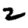
Digit: 2